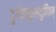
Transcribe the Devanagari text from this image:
दुर्गन्धकुलदूषितम्